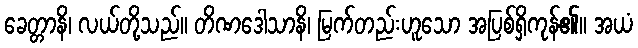
ခေတ္တာနိ၊ လယ်တို့သည်။ တိဏဒေါသာနိ၊ မြက်တည်းဟူသော အပြစ်ရှိကုန်၏။ အယံ